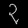
Digit: ၃